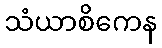
သံယာစိကေန